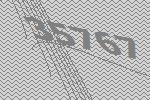
35767